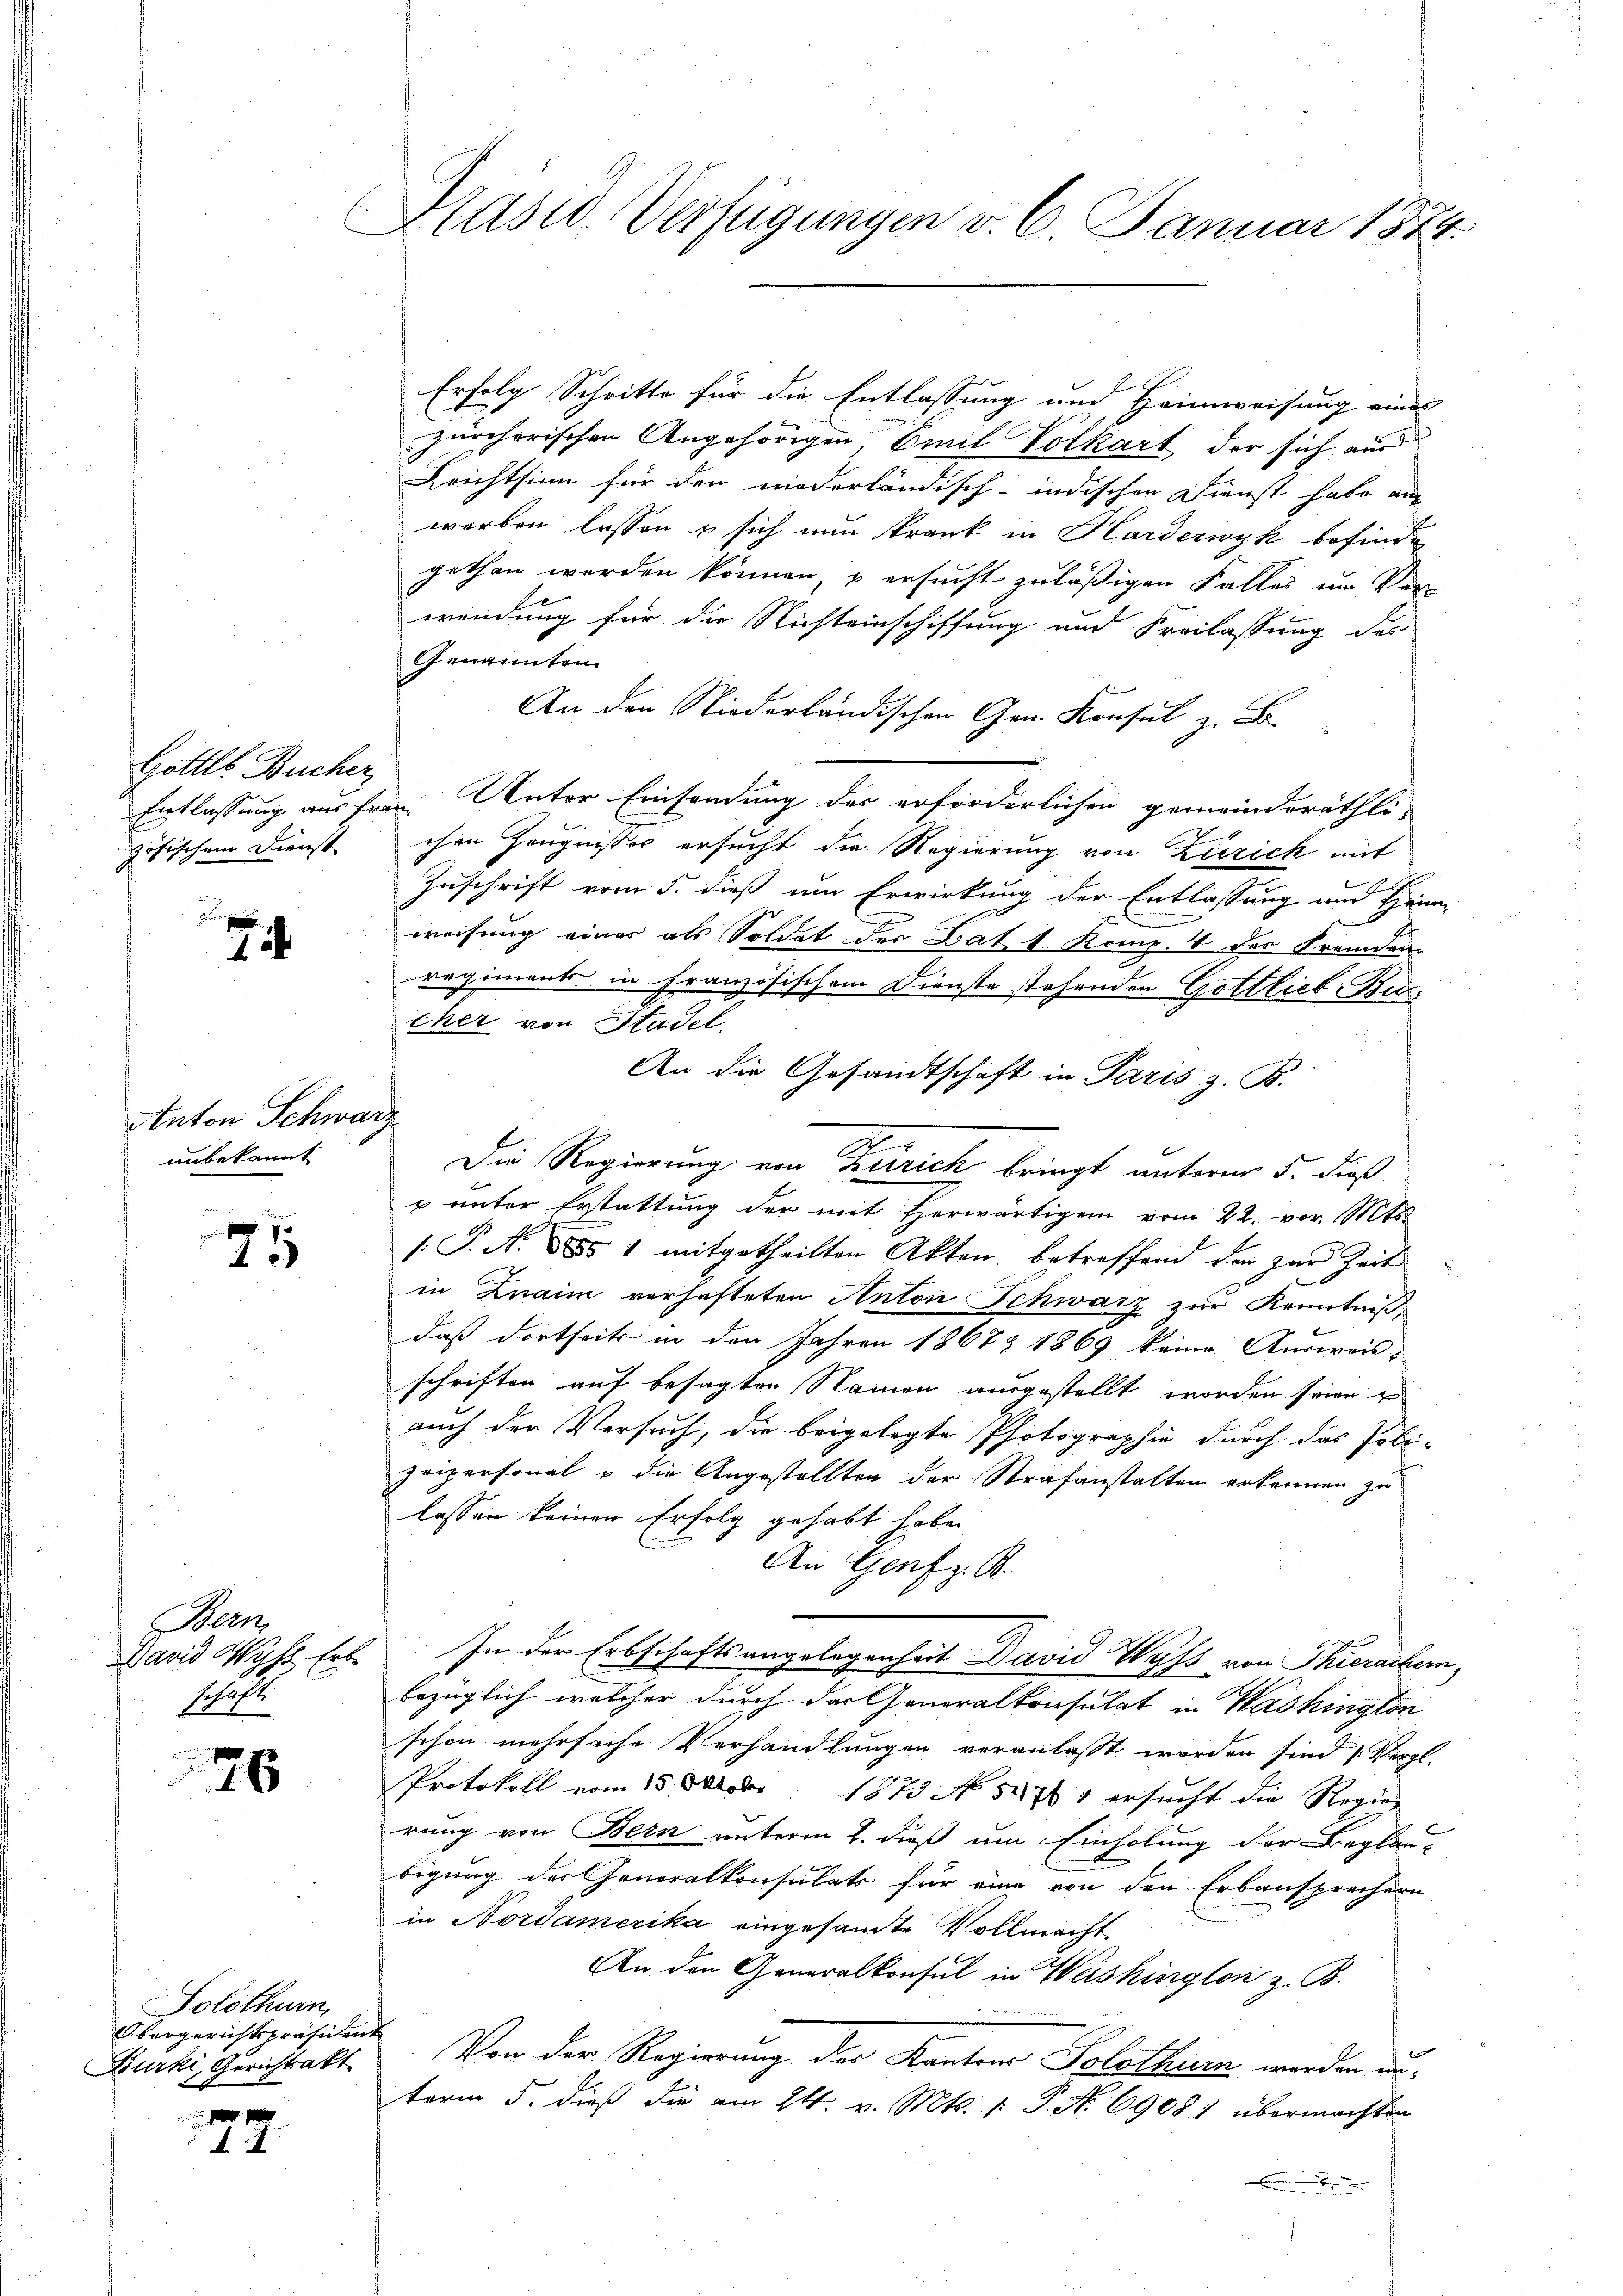
Gottls Bucher,
zösischen Dienst

1

Anton Schwarz
unbekannt

75

e
David Wyss. Erb
Schaft

26

Solothurn,
Obergerichtspräsident
Burki, Gerichtsakt

f

Präsid. Verfügungen v. 6. Januar 1874.

Erfolg Schritte für die Entlassung und Heimweisung eines
zürcherischen Angehörigen Emil Volkart der sich aus
Brichtsinn für den niederländisch-indischen Dienst habe auch
worben lassen u sich nun krank in Karderwyk befinde
gethan werden können, u ersucht zuläßigen Falles um Ver-
wendung für die Nichteinschiffung und Freilassung des
Genannten
An den Niederländischen Gen. Konsul z. B.
Entlassung aus fran. Unter Einsendung der erforderlichen gemeinderäthli¬
.
chen Zeugnisser ersucht die Regierung von Zürich mit

Zuschrift vom 5. dieß um Erwirkung der Entlassung und Fran-
x
weisung einer als Soldat der Bat 1 Komp. 4 der Fremden-
regiments in Französischem Dienste stehenden Gottlich-Backer von Stadel.
An die Gesandtschäft in Paris z. B.
Die Regierung von Zürich bringt unterm 5. dieß
 unter Erstattung der mit Herwärtigen vom 22. vor. Mts.
/. P. N. 885 1 mitgetheilten Akten, betreffend der zur Zeit
in Znaim verhafteten Anton Schwatz zur Kenntniß,
daß dortseits in den Jahren 1867 & 1869 keine Ausweis
schriften auf besagten Namen ausgestellt worden seien
auch der Versuch, die beigelegte Photographie durch das Pobi-
zeipersonal u die Angestellten der Strafanstalten erkennen zu
lassen keinen Erfolg gehabt habe.
An Genf z. B.
In der Erbschaftsangelegenheit David Wyss von Thierachen,
bezüglich welcher durch der Generalkonsulat in Washington
schon mehrfache Verhandlungen veranlasst worden sind (Vergl.
Protokoll vom 15. Oktob. 1873 No 58761 ersŭcht die Regier
rung von Bern unterm 2. dieß um Einholung der Beglau-
bigung der Generalkonsulats für eine von den Erbansprechern
in Nordamerika eingesamte Vollmacht
An den Generalkonsul in Washürgten z. B.
Von der Regierung der Kanton Solothur werden austerm 5. dieß die am 24. v. Mts. 1. P. N. 6908) übermachten
.